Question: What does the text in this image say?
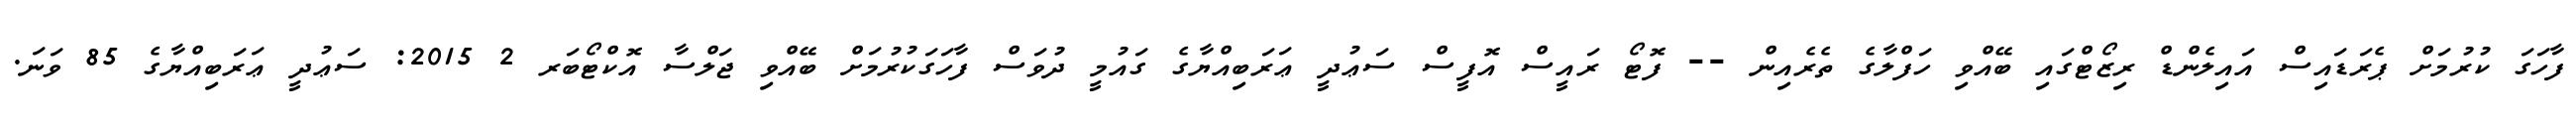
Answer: ފާހަގަ ކުރުމަށް ޕެރަޑައިސް އައިލެންޑް ރިޒޯޓްގައި ބޭއްވި ހަފްލާގެ ތެރެއިން -- ފޮޓޯ ރައީސް އޮފީސް ސަޢުދީ ޢަރަބިއްޔާގެ ގައުމީ ދުވަސް ފާހަގަކުރުމަށް ބޭއްވި ޖަލްސާ އޮކްޓޯބަރ 2 2015: ސަޢުދީ ޢަރަބިއްޔާގެ 85 ވަނަ.